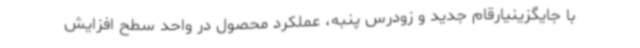
با جایگزینیارقام جدید و زودرس پنبه، عملکرد محصول در واحد سطح افزایش